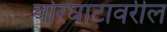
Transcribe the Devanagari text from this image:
बोरघाटावरील